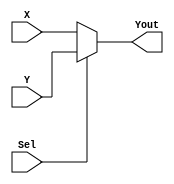
/*
Descripcin: implementacin de un multiplexor de 2 a 1
Autor: Fernando Aparicio Urbano Molano
Fecha: marzo 1 de 2019
Versin: 1.0
*/
module mux2a1(input Sel,X,Y, output Yout);
   assign Yout = Sel ? Y : X;
endmodule